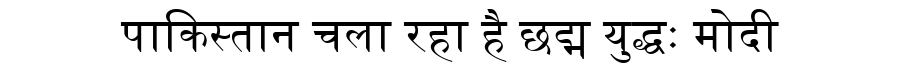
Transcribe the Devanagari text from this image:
पाकिस्तान चला रहा है छद्म युद्धः मोदी